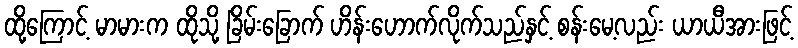
ထို့ကြောင့် မာမားက ထိုသို့ ခြိမ်းခြောက် ဟိန်းဟောက်လိုက်သည်နှင့် စန်းမေ့လည်း ယာယီအားဖြင့်